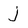
Character: j